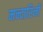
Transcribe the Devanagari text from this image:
मन्दारिनों